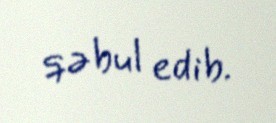
qəbul edib.